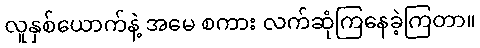
လူနှစ်ယောက်နဲ့ အမေ စကား လက်ဆုံကြနေခဲ့ကြတာ။